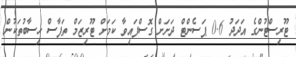
ޓޫރިސްޓުންގެ އަދަދު 0.6 ޕަސެންޓް ދަށަށް ގޮސްފައިވާ ކަމަށް ޓޫރިޒަމް ތަފާސް ހިސާބުތަކުން